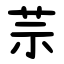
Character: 䒬